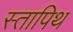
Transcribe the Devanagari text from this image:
स्तापिथ